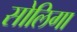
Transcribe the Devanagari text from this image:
सोलिगा